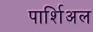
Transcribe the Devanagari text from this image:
पार्शिअल